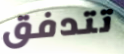
تتدفق